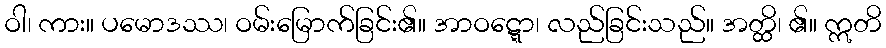
ဝါ၊ ကား။ ပမောဒဿ၊ ဝမ်းမြောက်ခြင်း၏။ အာဝဋ္ဋော၊ လည်ခြင်းသည်။ အတ္ထိ၊ ၏။ ဣတိ